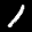
Label: 1